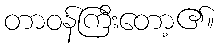
တာဝန်ကြီးတော့၏။